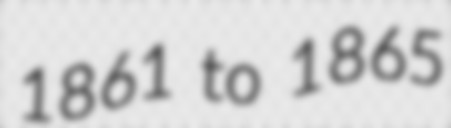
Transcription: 1861 to 1865